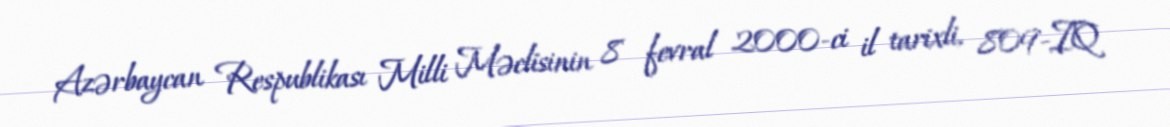
Azərbaycan Respublikası Milli Məclisinin 8 fevral 2000-ci il tarixli, 809-IQ